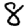
Digit: 8